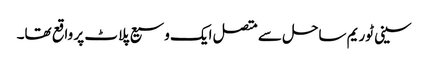
سینی ٹوریم ساحل سے متصل ایک وسیع پلاٹ پر واقع تھا۔